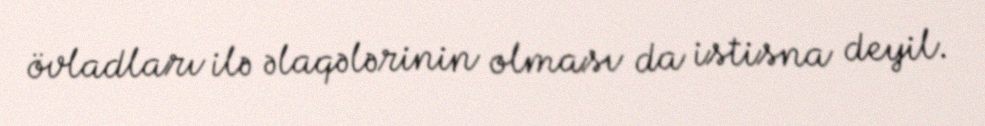
övladları ilə əlaqələrinin olması da istisna deyil.